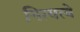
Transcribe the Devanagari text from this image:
नित्यत्वे